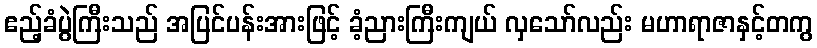
ဧည့်ခံပွဲကြီးသည် အပြင်ပန်းအားဖြင့် ခံ့ညားကြီးကျယ် လှသော်လည်း မဟာရာဇာနှင့်တကွ